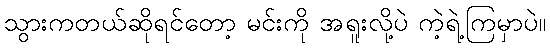
သွားကတယ်ဆိုရင်တော့ မင်းကို အရူးလို့ပဲ ကဲ့ရဲ့ကြမှာပဲ။